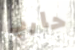
حارب